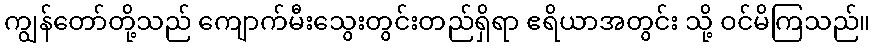
ကျွန်တော်တို့သည် ကျောက်မီးသွေးတွင်းတည်ရှိရာ ဧရိယာအတွင်း သို့ ဝင်မိကြသည်။